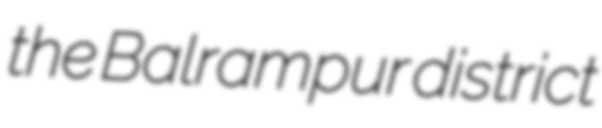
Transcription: the Balrampur district